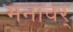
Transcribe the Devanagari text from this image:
मनावर्